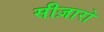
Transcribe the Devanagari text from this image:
सीज़ारो